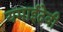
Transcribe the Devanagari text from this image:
यमाईदेवी